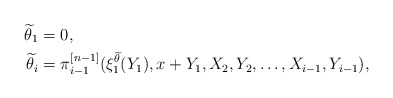
\begin{align*}\widetilde \theta_1&=0,\\\widetilde \theta_i&=\pi^{[n-1]}_{i-1}(\xi^{\widetilde \theta}_1(Y_1),x+Y_1,X_2,Y_2,\dots,X_{i-1},Y_{i-1}), \end{align*}